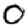
Digit: 0